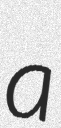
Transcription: a